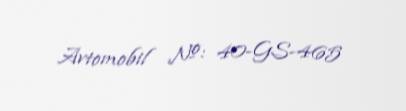
Avtomobil №: 40-GS-465